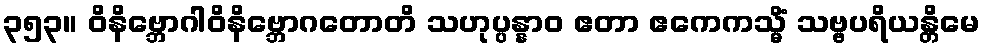
၃၅၃။ ဝိနိဗ္ဘောဂါဝိနိဗ္ဘောဂတောတိ သဟုပ္ပန္နာဝ ဧတာ ဧကေကသ္မိံ သဗ္ဗပရိယန္တိမေ